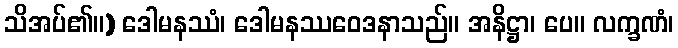
သိအပ်၏။) ဒေါမနဿံ၊ ဒေါမနဿဝေဒနာသည်။ အနိဋ္ဌာ၊ ပေ။ လက္ခဏံ၊